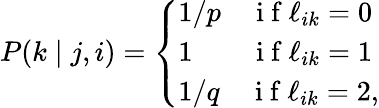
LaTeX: \begin{array}{r}{P(k\mid j,i)=\left\{ \begin{array}{ll}{1/p\quad\mathrm{~i~f~}\ell_{ik}=0}\\ {1\qquad\mathrm{~i~f~}\ell_{ik}=1}\\ {1/q\quad\mathrm{~i~f~}\ell_{ik}=2,}\end{array}\right.}\end{array}